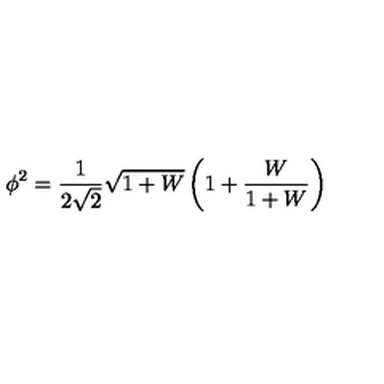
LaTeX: \phi ^ { 2 } = \frac { 1 } { 2 \sqrt { 2 } } \sqrt { 1 + W } \left( 1 + \frac { W } { 1 + W } \right)